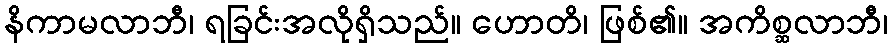
နိကာမလာဘီ၊ ရခြင်းအလိုရှိသည်။ ဟောတိ၊ ဖြစ်၏။ အကိစ္ဆလာဘီ၊